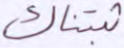
ثبتناك